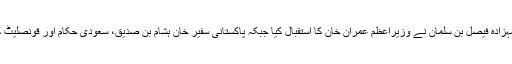
جدہ سے مدینہ پہنچنے پر گورنر مدینہ شہزادہ فیصل بن سلمان نے وزیراعظم عمران خان کا استقبال کیا جبکہ پاکستانی سفیر خان ہشام بن صدیق، سعودی حکام اور قونصلیٹ کے افسران بھی اس موقع پر موجود تھے۔